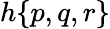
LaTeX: h{\left\{ \begin{array}{l}{p,q,r}\end{array}\right\} }